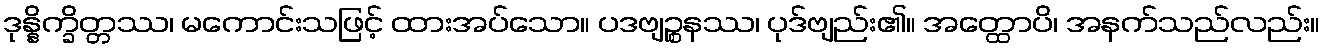
ဒုန္နိက္ခိတ္တဿ၊ မကောင်းသဖြင့် ထားအပ်သော။ ပဒဗျဉ္စနဿ၊ ပုဒ်ဗျည်း၏။ အတ္ထောပိ၊ အနက်သည်လည်း။